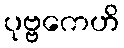
ပုဗ္ဗကေဟိ